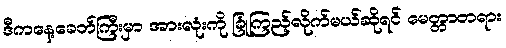
ဒီကနေ့ခေတ်ကြီးမှာ အားလုံးကို ခြုံကြည့်လိုက်မယ်ဆိုရင် မေတ္တာတရား